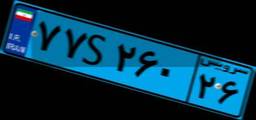
۷۷S۲۶۰۲۶